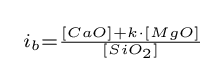
\scriptstyle \ i_{b}={\frac {[CaO]+k\cdot [MgO]}{[SiO_{2}]}}